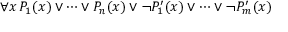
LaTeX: \forall x \, P _ { 1 } ( x ) \lor \cdots \lor P _ { n } ( x ) \lor \neg P _ { 1 } ^ { \prime } ( x ) \lor \cdots \lor \neg P _ { m } ^ { \prime } ( x )